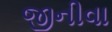
જીનીવા